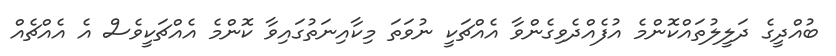
ބުއްދީގެ ދަލީލުތައްކޮންމެ އުފެއްދެވިގެންވާ އެއްޗަކީ ނުވަތަ މިކާއިނަތުގައިވާ ކޮންމެ އެއްޗަކީވެސް އެ އެއްޗެއް